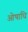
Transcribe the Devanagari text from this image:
ओषाधि